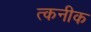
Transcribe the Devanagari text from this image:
त्कनीक